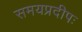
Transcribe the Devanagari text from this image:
समयप्रदीपः